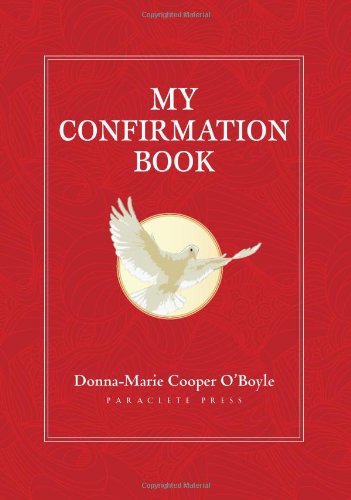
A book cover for My Confirmation Book; Donna-Marie Cooper O'Boyle; Christian Books & Bibles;